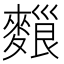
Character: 𪍔